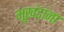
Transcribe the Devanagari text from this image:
भूखंडांना